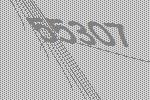
55307